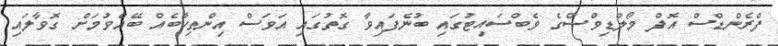
ފްރެންޑްސް އޮފް މޯލްޑިވްސްގެ ވެބްސައިޓުގައި ބުނެފައިވާ ގޮތުގައި އަވަސް އިންތިހާބެއް ބޭއްވުމަށް ގޮވާލައި